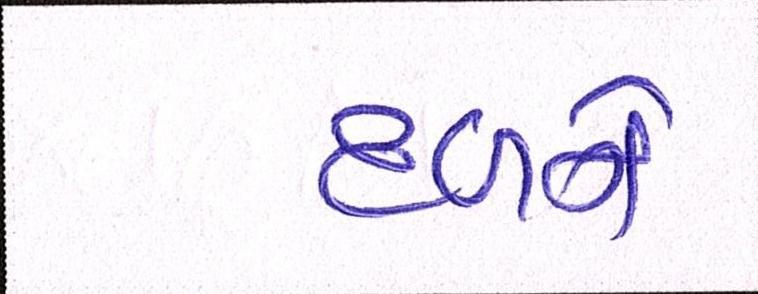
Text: દળને